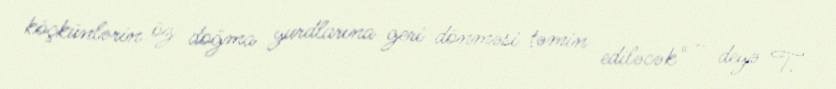
köçkünlərin öz doğma yurdlarına geri dönməsi təmin ediləcək" - deyə T.